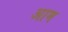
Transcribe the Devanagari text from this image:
अाम